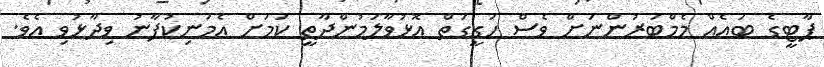
ޕާޓީގެ ބައެއް މެމްބަރުންނަށް ވެސް ހަގީގަތް އޮޅުވާލަމުންދާތީ ކަަމަށް އެމަނިކުފާނު ވިދާޅުވި އެވެ.